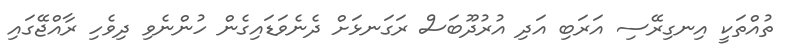
ތުއްތަކީ އިނގިރޭސި އަރަބި އަދި އުރުދޫބަސް ރަގަނޅަށް ދެނެވަޑައިގެން ހުންނެވި ދިވެހި ރާއްޖޭގައި